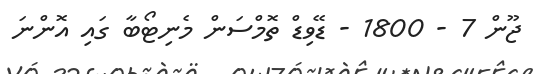
ޖޫން 7 - 1800 - ޑޭވިޑް ތޮމްސަން މެނިޓޯބާ ގައި އޮންނަ